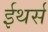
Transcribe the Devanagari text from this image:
ईथर्स